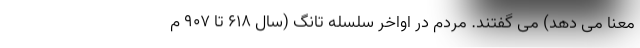
معنا می دهد) می گفتند. مردم در اواخر سلسله تانگ (سال 618 تا 907 م